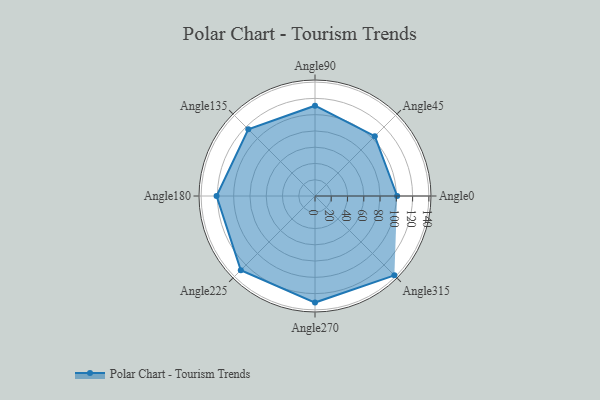
{"axis": {"x": "Angle", "y": "Radius"}, "legend": [""], "data": [{"x": "Angle0", "y": 101.0, "type": ""}, {"x": "Angle45", "y": 104.0, "type": ""}, {"x": "Angle90", "y": 111.0, "type": ""}, {"x": "Angle135", "y": 116.0, "type": ""}, {"x": "Angle180", "y": 121.0, "type": ""}, {"x": "Angle225", "y": 129.0, "type": ""}, {"x": "Angle270", "y": 131.0, "type": ""}, {"x": "Angle315", "y": 138.0, "type": ""}]}